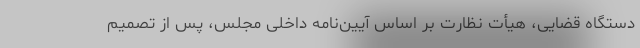
دستگاه قضایی، هیأت نظارت بر اساس آیین‌نامه داخلی مجلس، پس از تصمیم